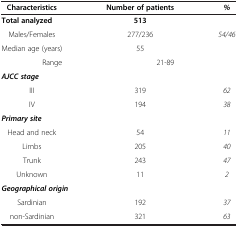
<table><thead><tr><td><b> Characteristics</b></td><td><b>Number of patients</b></td><td><b><i>%</i></b></td></tr></thead><tbody><tr><td><b>Total analyzed</b></td><td><b>513</b></td><td> </td></tr><tr><td> Males/Females</td><td>277/236</td><td><i>54/46</i></td></tr><tr><td>Median age (years)</td><td>55</td><td> </td></tr><tr><td>Range</td><td>21-89</td><td> </td></tr><tr><td colspan="3"><b><i>AJCC stage</i></b></td></tr><tr><td>III</td><td>319</td><td><i>62</i></td></tr><tr><td>IV</td><td>194</td><td><i>38</i></td></tr><tr><td colspan="3"><b><i>Primary site</i></b></td></tr><tr><td> Head and neck</td><td>54</td><td><i>11</i></td></tr><tr><td>Limbs</td><td>205</td><td><i>40</i></td></tr><tr><td>Trunk</td><td>243</td><td><i>47</i></td></tr><tr><td>Unknown</td><td>11</td><td><i>2</i></td></tr><tr><td colspan="3"><b><i>Geographical origin</i></b></td></tr><tr><td>Sardinian</td><td>192</td><td><i>37</i></td></tr><tr><td> non-Sardinian</td><td>321</td><td><i>63</i></td></tr></tbody></table>